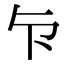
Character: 𭅴